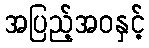
အပြည့်အဝနှင့်